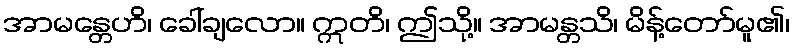
အာမန္တေဟိ၊ ခေါ်ချလော။ ဣတိ၊ ဤသို့။ အာမန္တသိ၊ မိန့်တော်မူ၏၊